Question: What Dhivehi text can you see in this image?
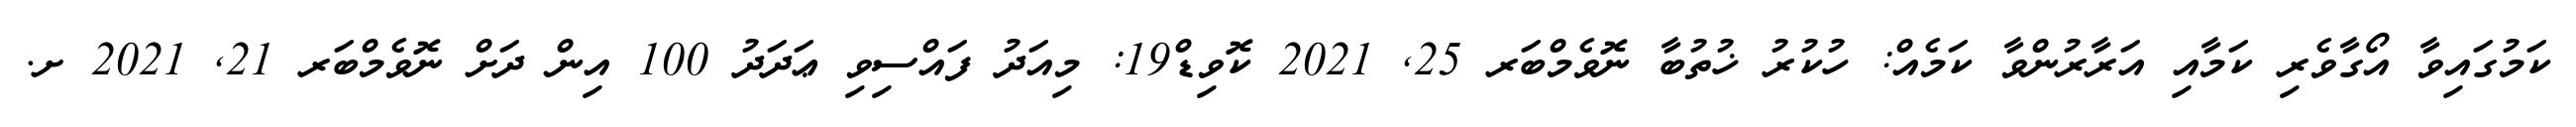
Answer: ކަމުގައިވާ އޯގާވެރި ކަމާއި އަރާރުންވާ ކަމެއް: ހުކުރު ޚުތުބާ ނޮވެމްބަރ 25, 2021 ކޮވިޑް19: މިއަދު ފައްސިވި ޢަދަދު 100 އިން ދަށް ނޮވެމްބަރ 21, 2021 ށ.